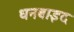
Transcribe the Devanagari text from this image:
धनबाइद